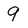
Character: 9